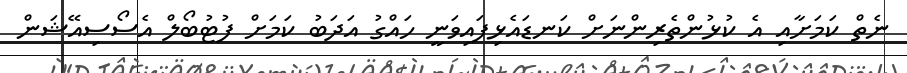
ނެތް ކަމަށާއި އެ ކުޅުންތެރިންނަށް ކަނޑައެޅިފައިވަނީ ހައްގު އަދަބު ކަމަށް ފުޓުބޯލް އެސޯސިއޭޝަން